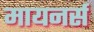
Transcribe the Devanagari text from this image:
मायनर्स